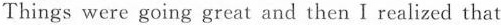
Things were going great and then I realized that